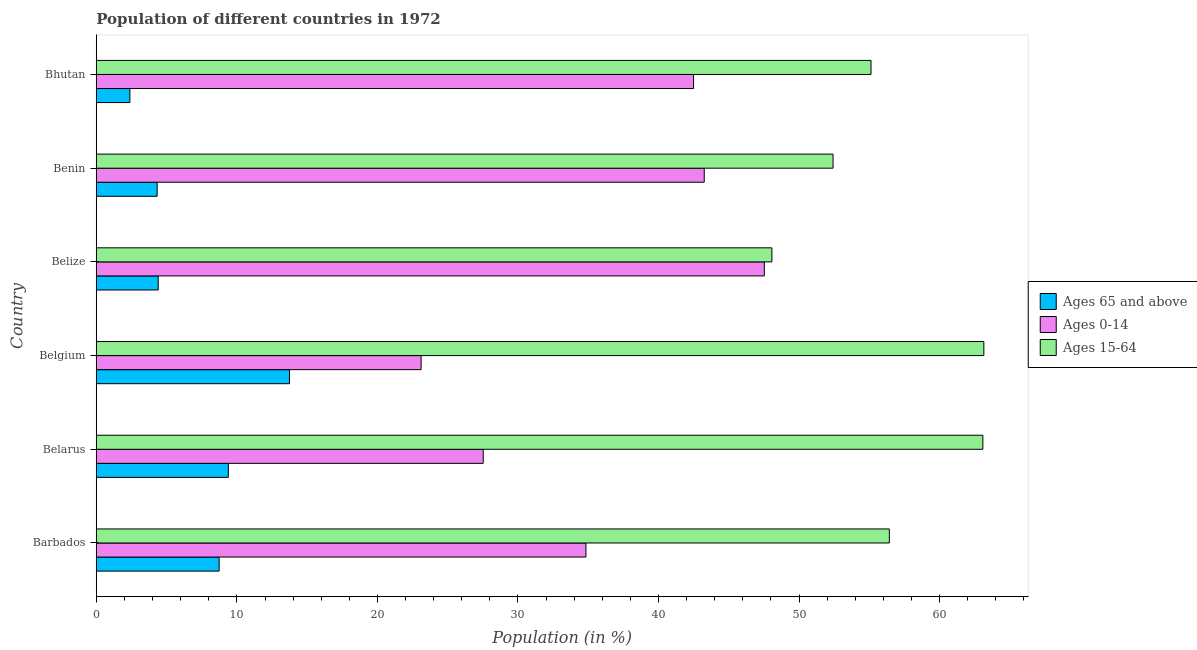
| Country | Ages 65 and above | Ages 0-14 | Ages 15-64 |
 | --- | --- | --- | --- |
 | Barbados | 8.74 | 34.8 | 56.4 |
 | Belarus | 9.39 | 27.5 | 63.1 |
 | Belgium | 13.7 | 23.1 | 63.2 |
 | Belize | 4.4 | 47.5 | 48.1 |
 | Benin | 4.33 | 43.3 | 52.4 |
 | Bhutan | 2.39 | 42.5 | 55.1 |